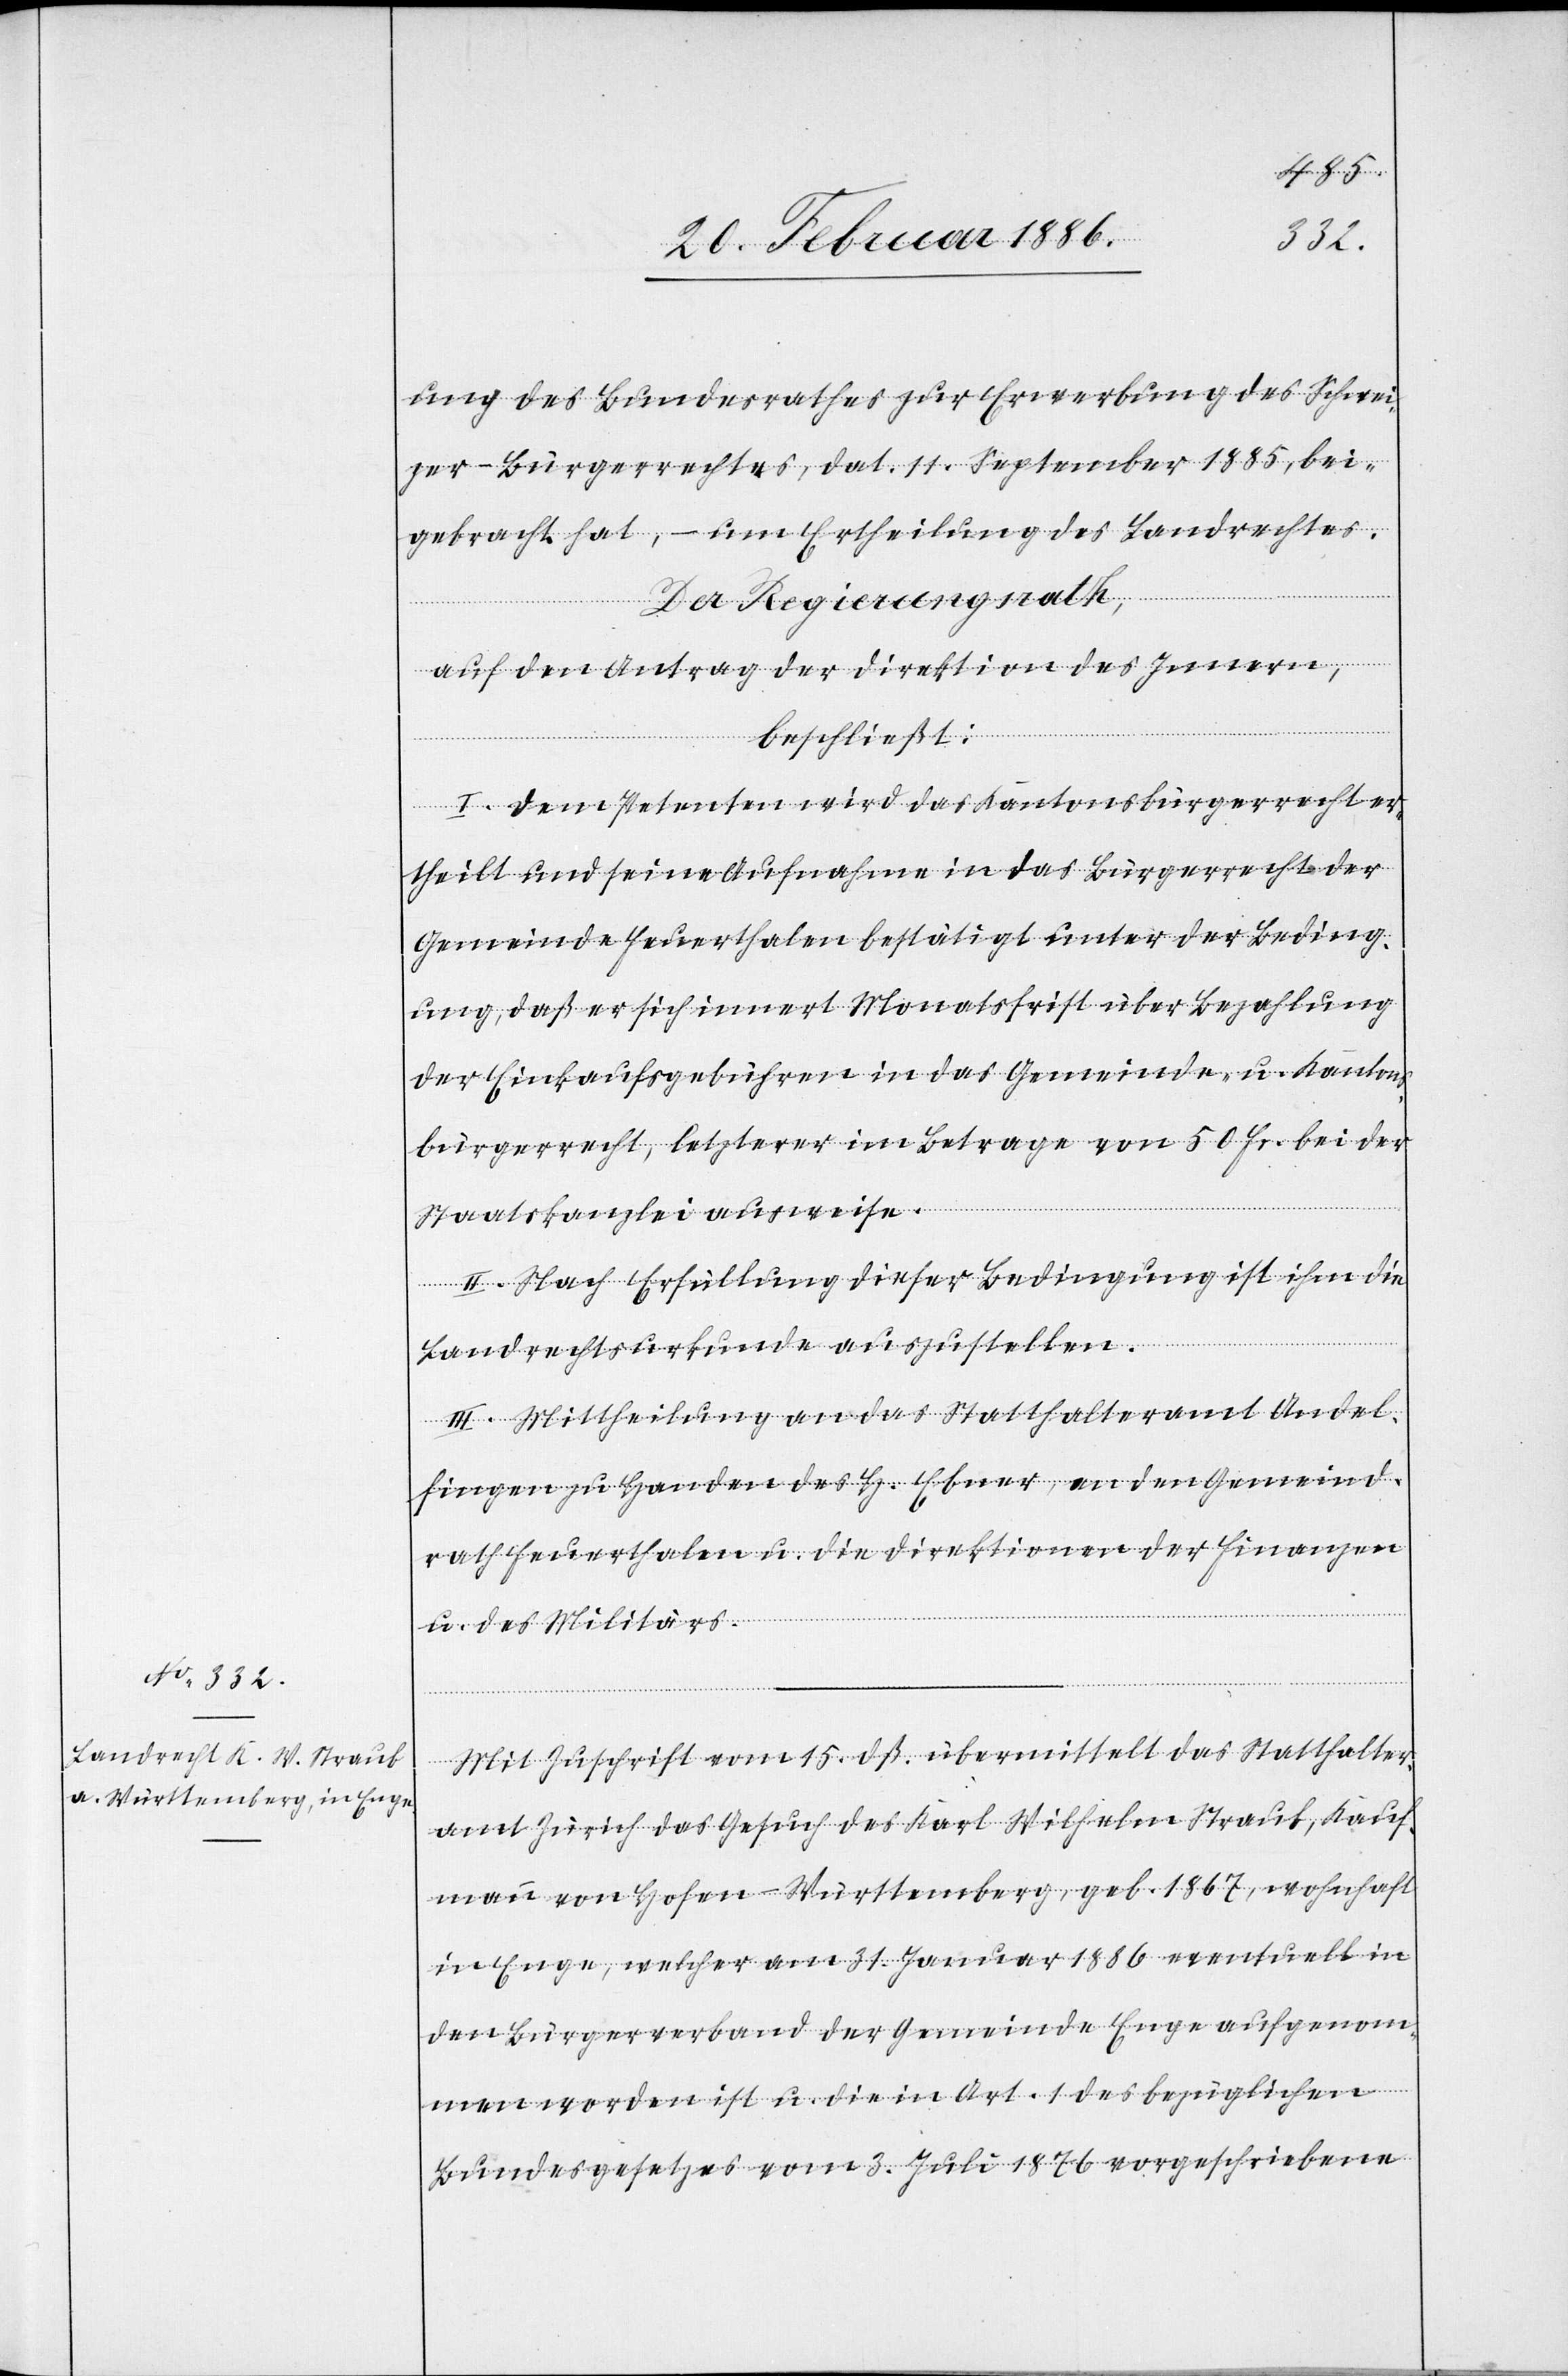
ung des Bundesrathes zur Erwerbung des Schwei¬
zer-Bürgerrechtes, dat. 11. September 1885, bei¬
gebracht hat, – um Ertheilung des Landrechtes.
Der Regierungsrath,
auf den Antrag der Direktion des Innern,
beschließt:
I. Dem Petenten wird das Kantonsbürgerrecht er¬
theilt und seine Aufnahme in das Bürgerrecht der
Gemeinde Feuerthalen bestätigt unter der Beding¬
ung, daß er sich innert Monatsfrist über Bezahlung
der Einkaufsgebühren in das Gemeinde- u. Kantons¬
bürgerrecht, letzterer im Betrage von 50 Fr. bei der
Staatskanzlei ausweise.
II. Nach Erfüllung dieser Bedingung ist ihm die
Landrechtsurkunde auszustellen.
III. Mittheilung an das Statthalteramt Andel¬
fingen zu Handen des H. Ebner, an den Gemeind¬
rath Feuerthalen u. die Direktionen der Finanzen
u. des Militärs.
Mit Zuschrift vom 15. dß. übermittelt das Statthalter¬
amt Zürich das Gesuch des Karl Wilhelm Straub, Kauf¬
mann von Hofen - Württemberg, geb. 1867, wohnhaft
in Enge, welcher am 31. Januar 1886 eventuell in
den Bürgerverband der Gemeinde Enge aufgenom¬
men worden ist u. die in Art. 1 des bezüglichen
Bundesgesetzes vom 3. Juli 1876 vorgeschriebene